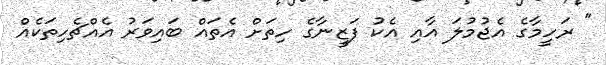
" ރަހީމާގެ އެޖުމުލަ އާއި އެކު ފަޒީނާގެ ހިތަށް އެތައް ބައިވަރު އެއްޗެހިތަކެއް